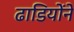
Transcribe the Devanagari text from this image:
ढाडियोंने